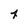
Character: 4